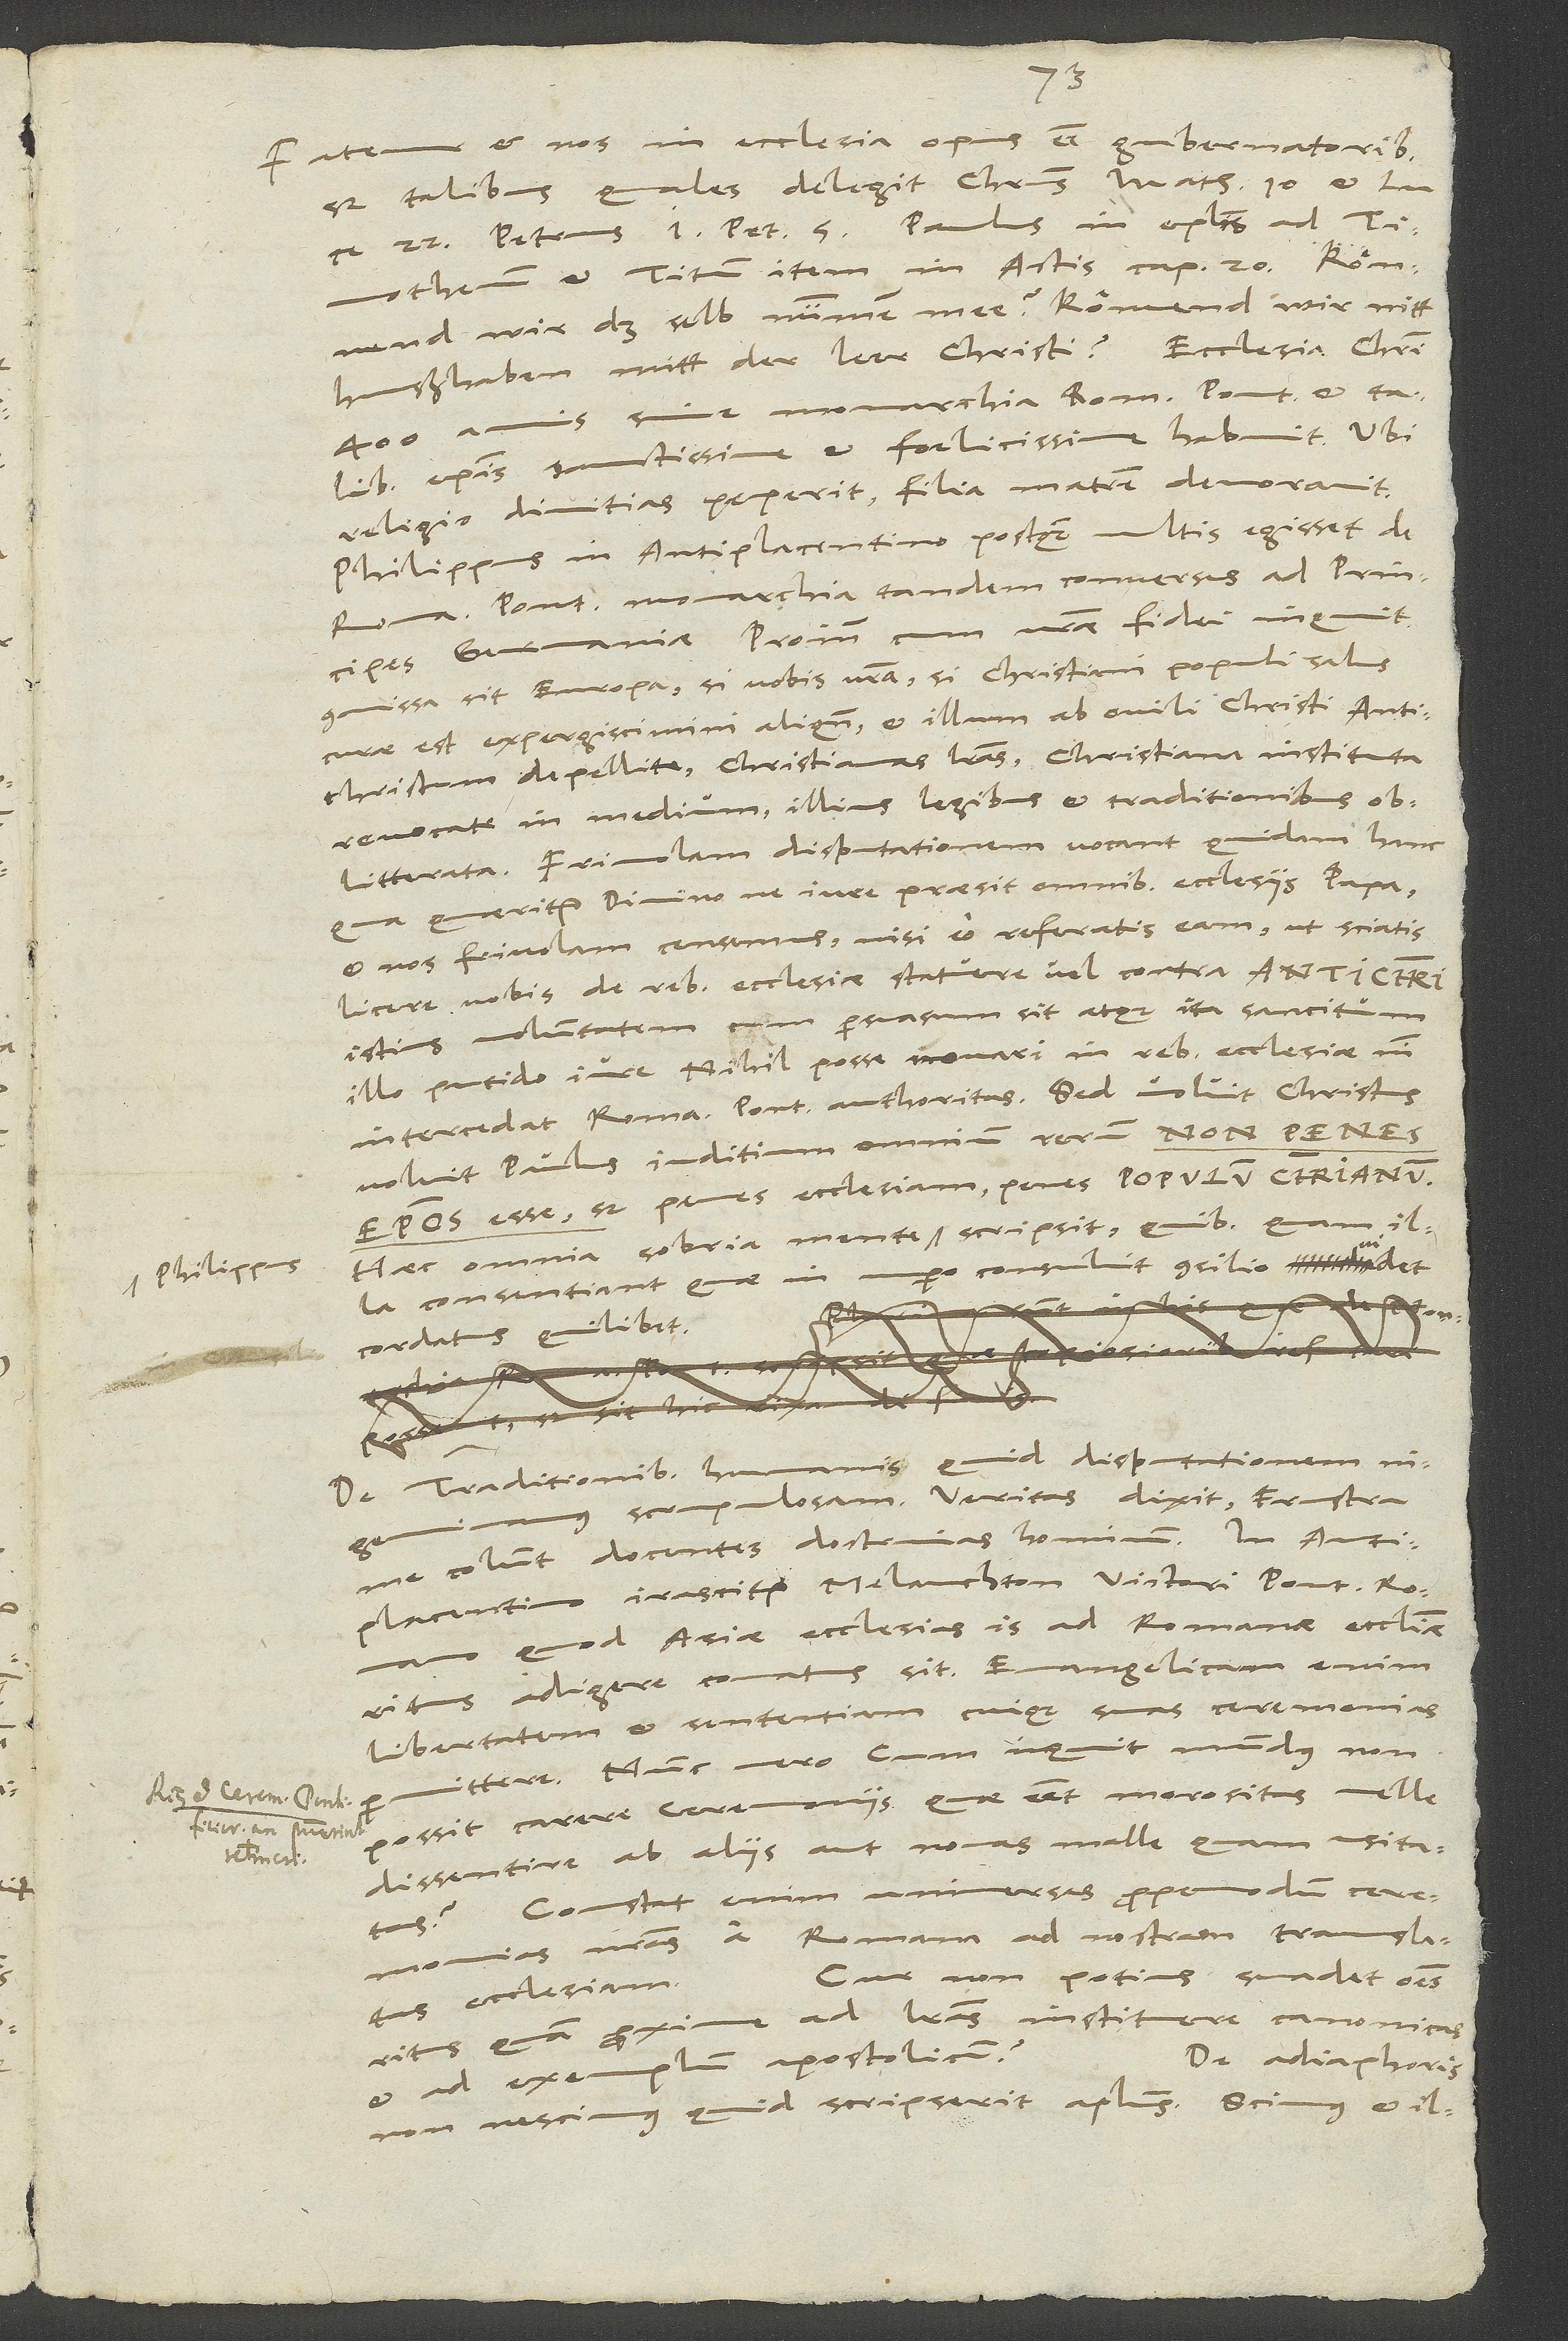
Fatemur et nos in ecclesia opus esse gubematoribus,
sed talibus, quales delegit Christus Matth. 10 et Luce
wir das seib nümmen mee? Könnend wir nitt
huußhaben mitt der leer Christi? Ecclesia Christi
400 annis sine monarchia Romani pontificis et talibus
episcopis sanctissime et foelicissime habuit. "Ubi
religio divitias peperit, filia matrem devoravit".
Philippus in Antiplacentino, postquam multis egisset de
Romani pontificis monarchia, tandem conversus ad principes
Germaniae: "Proinde cum vestrae fidei", inquit,
"commissa sit Europa, si vobis vestra, si christiani populi salus
curae est, expergiscimini aliquando et illum ab ovili Christi antichristum
depellite, christianas literas, christiana tituta
revocate in medium illius legibus et traditionibus
oblitterata. Frivolam disputationem vocant quidam hanc,
qua quaeritur, divinone iure praesit omnibus ecclesiis papa,
et nos frivolam censemus, nisi eo referatis eam, ut sciatis
licere vobis de rebus ecclesiae statuere vel contra antichristi
istius voluntatem, cum persuasum sit atque ita sancitum
illo putido iure nihil posse novari in rebus ecclesiae, nisi
intercedat Romani pontificis authoritas. Sed voluit Christus,
voluit Paulus iuditium omnium rerum non penes
episcopos esse, sed penes ecclesiam, penes populum christianum."
Haec omnia sobria mente Philippus scripsit, quibus quam illa
nupero consuluit consilio, videt
consentiant, quae in
cordatus quilibet.
.
De traditionibus humanis quid disputationem
scrupulosam? Veritas dixit: "Frustra
me colunt docentes doctrinas hominum" . In Antiplacentino
quod Asiae ecclesias is ad Romanae ecclesiae
adigere conatus sit; evangelicam enim
libertatem et sententiam cuique suas ceremonias
permittere. Nunc vero: "Cum", inquit, "mundus non
possit carere ceremoniis, quae esset morositas, velle
dissentire ab aliis aut novas malle quam usitatas?"
Constat enim universas propemodum ceremonias
nostras a Romana ad nostram translatas
Cur non potius suadet omnes
ecclesiam.
ritus quam proxime ad literas instituere canonicas
De adiaphoris
et ad exemplum apostolicum?
non nescimus, quid scripserit apostolus. Scimus et illud,